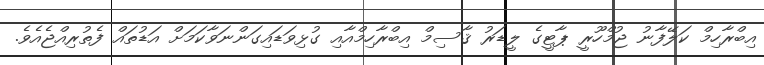
އިބްރާހިމް ކަލޭފާނު ޖުމްހޫރީ ޕާޓީގެ ލީޑަރު ޤާސިމް އިބްރާހިމްއާއި ގުޅިވަޑައިގަންނަވާކަމަށް އަޑުތައް ފެތުރިއްޖެއެވެ.